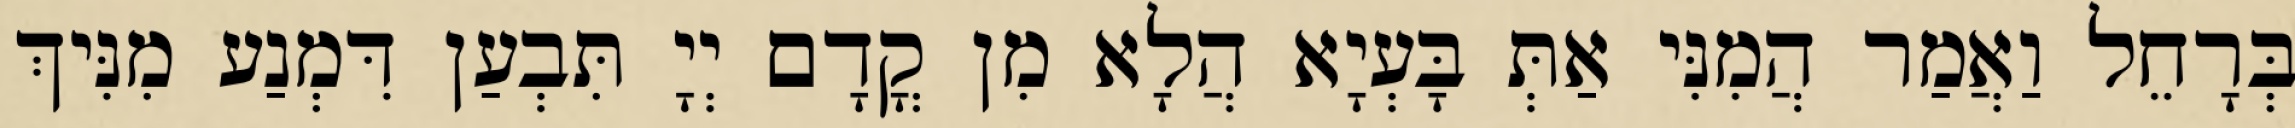
בְּרָחֵל וַאֲמַר הֲמִנִּי אַתְּ בָּעְיָא הֲלָא מִן קֳדָם יְיָ תִּבְעַן דִּמְנַע מִנִּיךְ